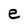
Character: e